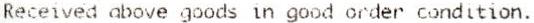
RECEIVED ABOVE GOODS IN GOOD ORDER CONDITION.